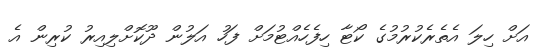
އަށް ހިލަ އެތެރެކުރުމުގެ ކޯޓާ ހިފެހެއްޓުމަށް ފަހު އަލުން ދޫކޮށްލިއިރު ކުރިން އެ